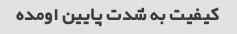
کیفیت به شدت پایین اومده